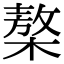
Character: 𣘢